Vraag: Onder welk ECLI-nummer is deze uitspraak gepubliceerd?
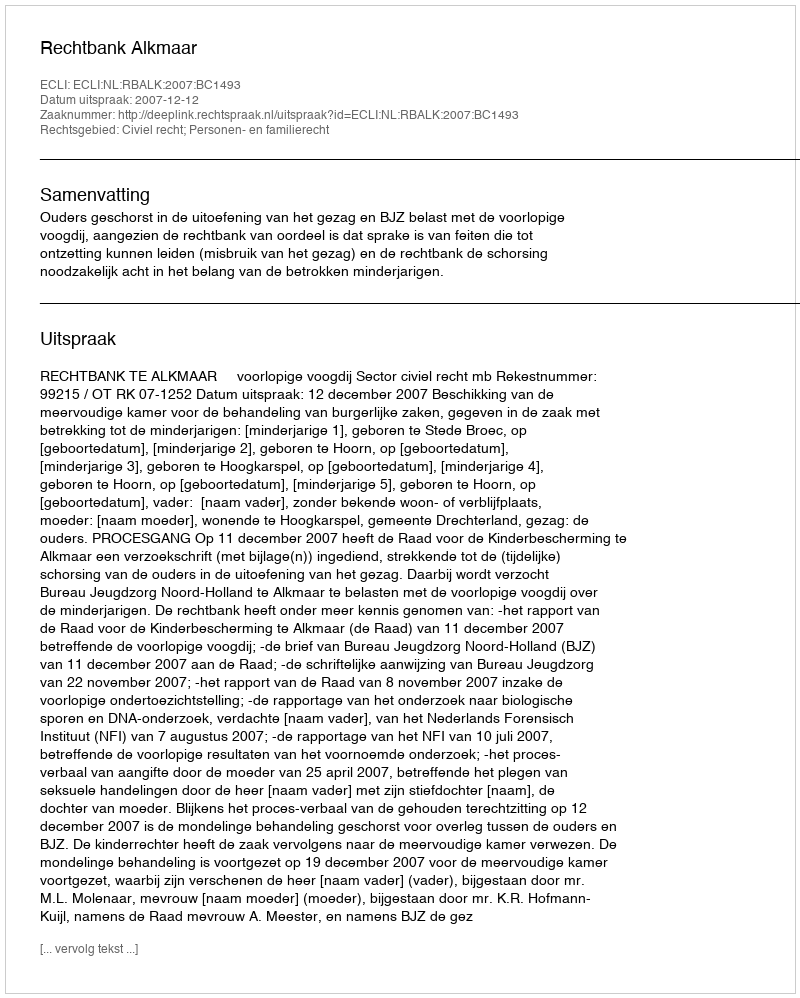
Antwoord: ECLI:NL:RBALK:2007:BC1493